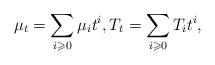
LaTeX: \begin{align*}\mu_t=\sum_{i\geqslant 0}\mu_it^i,T_t=\sum_{i\geqslant 0}T_it^i,\end{align*}